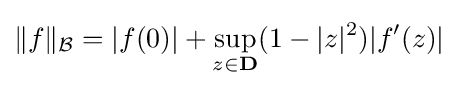
\|f\|_{\mathcal {B}}=|f(0)|+\sup _{z\in \mathbf {D} }(1-|z|^{2})|f'(z)|